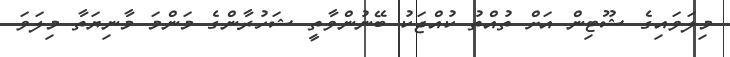
މިލަވައިގެ ޝޫޓިން އަށް ތުއްތު ކުއްޖަކު ބޭނުންވާތީ ޝަހުރާންގެ މަންމަ މާނިޔަތާ މިލަވަ